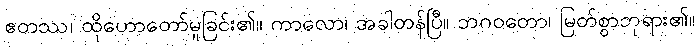
ဧတဿ၊ ထိုဟောတော်မူခြင်း၏။ ကာလော၊ အခါတန်ပြီ။ ဘဂဝတော၊ မြတ်စွာဘုရား၏။